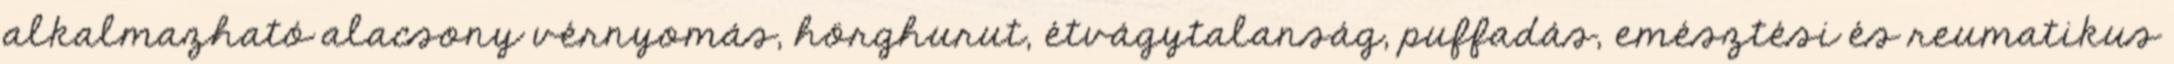
alkalmazható alacsony vérnyomás, hörghurut, étvágytalanság, puffadás, emésztési és reumatikus